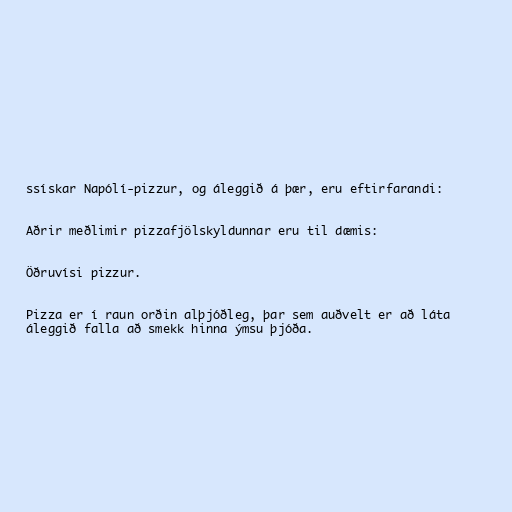
ssískar Napólí-pizzur, og áleggið á þær, eru eftirfarandi:

Aðrir meðlimir pizzafjölskyldunnar eru til dæmis:

Öðruvísi pizzur.

Pizza er í raun orðin alþjóðleg, þar sem auðvelt er að láta
áleggið falla að smekk hinna ýmsu þjóða.